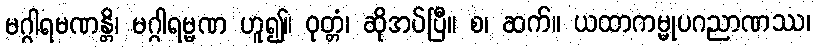
မဂ္ဂါရမဏန္တိ၊ မဂ္ဂါရမ္မဏ ဟူ၍။ ဝုတ္တံ၊ ဆိုအပ်ပြီ။ စ၊ ဆက်။ ယထာကမ္မုပဂညာဏဿ၊